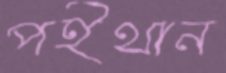
পইথান